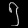
Digit: ၅